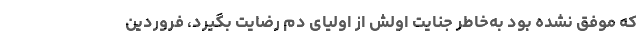
که موفق نشده بود به‌خاطر جنایت اولش از اولیای دم رضایت بگیرد، فروردین